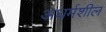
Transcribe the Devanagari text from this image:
अधर्मशील